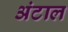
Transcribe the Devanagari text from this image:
अंटाल